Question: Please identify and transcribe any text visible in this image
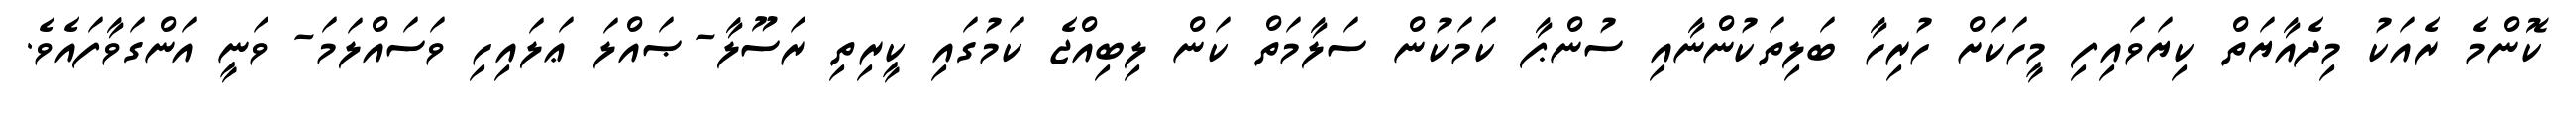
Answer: ކޮންމެ ރެއަކު މިދެއާޔަތް ކިޔަވައިފި މީހަކަށް ހުރިހާ ބަލިތަކުންނާއި ސުންޕާ ކަމަކުން ސަލާމަތް ކަން ލިބިއްޖެ ކަމުގައި ކީރިތި ރަސޫލާ-ޞައްލަ ޢަލައިހި ވަސައްލަމަ- ވަނީ އަންގަވާފައެވެ.